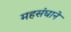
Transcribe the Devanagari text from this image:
महसंघाने